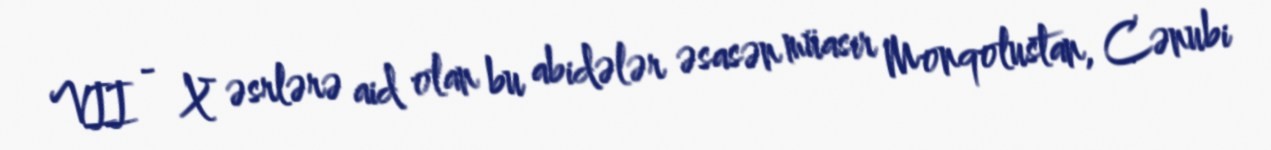
VII - X əsrlərə aid olan bu abidələr əsasən müasir Monqolustan, Cənubi